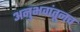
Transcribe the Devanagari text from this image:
अनुभवांतूनच